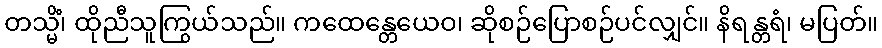
တသ္မိံ၊ ထိုညီသူကြွယ်သည်။ ကထေန္တေယေဝ၊ ဆိုစဉ်ပြောစဉ်ပင်လျှင်။ နိရန္တရံ၊ မပြတ်။